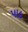
પાદ